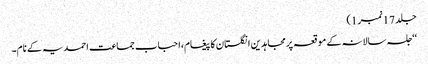
جلد 17نمبر 1)
‘‘جلسہ سالانہ کے موقعہ پرمجاہدین انگلستان کا پیغام،احباب جماعت احمدیہ کے نام۔